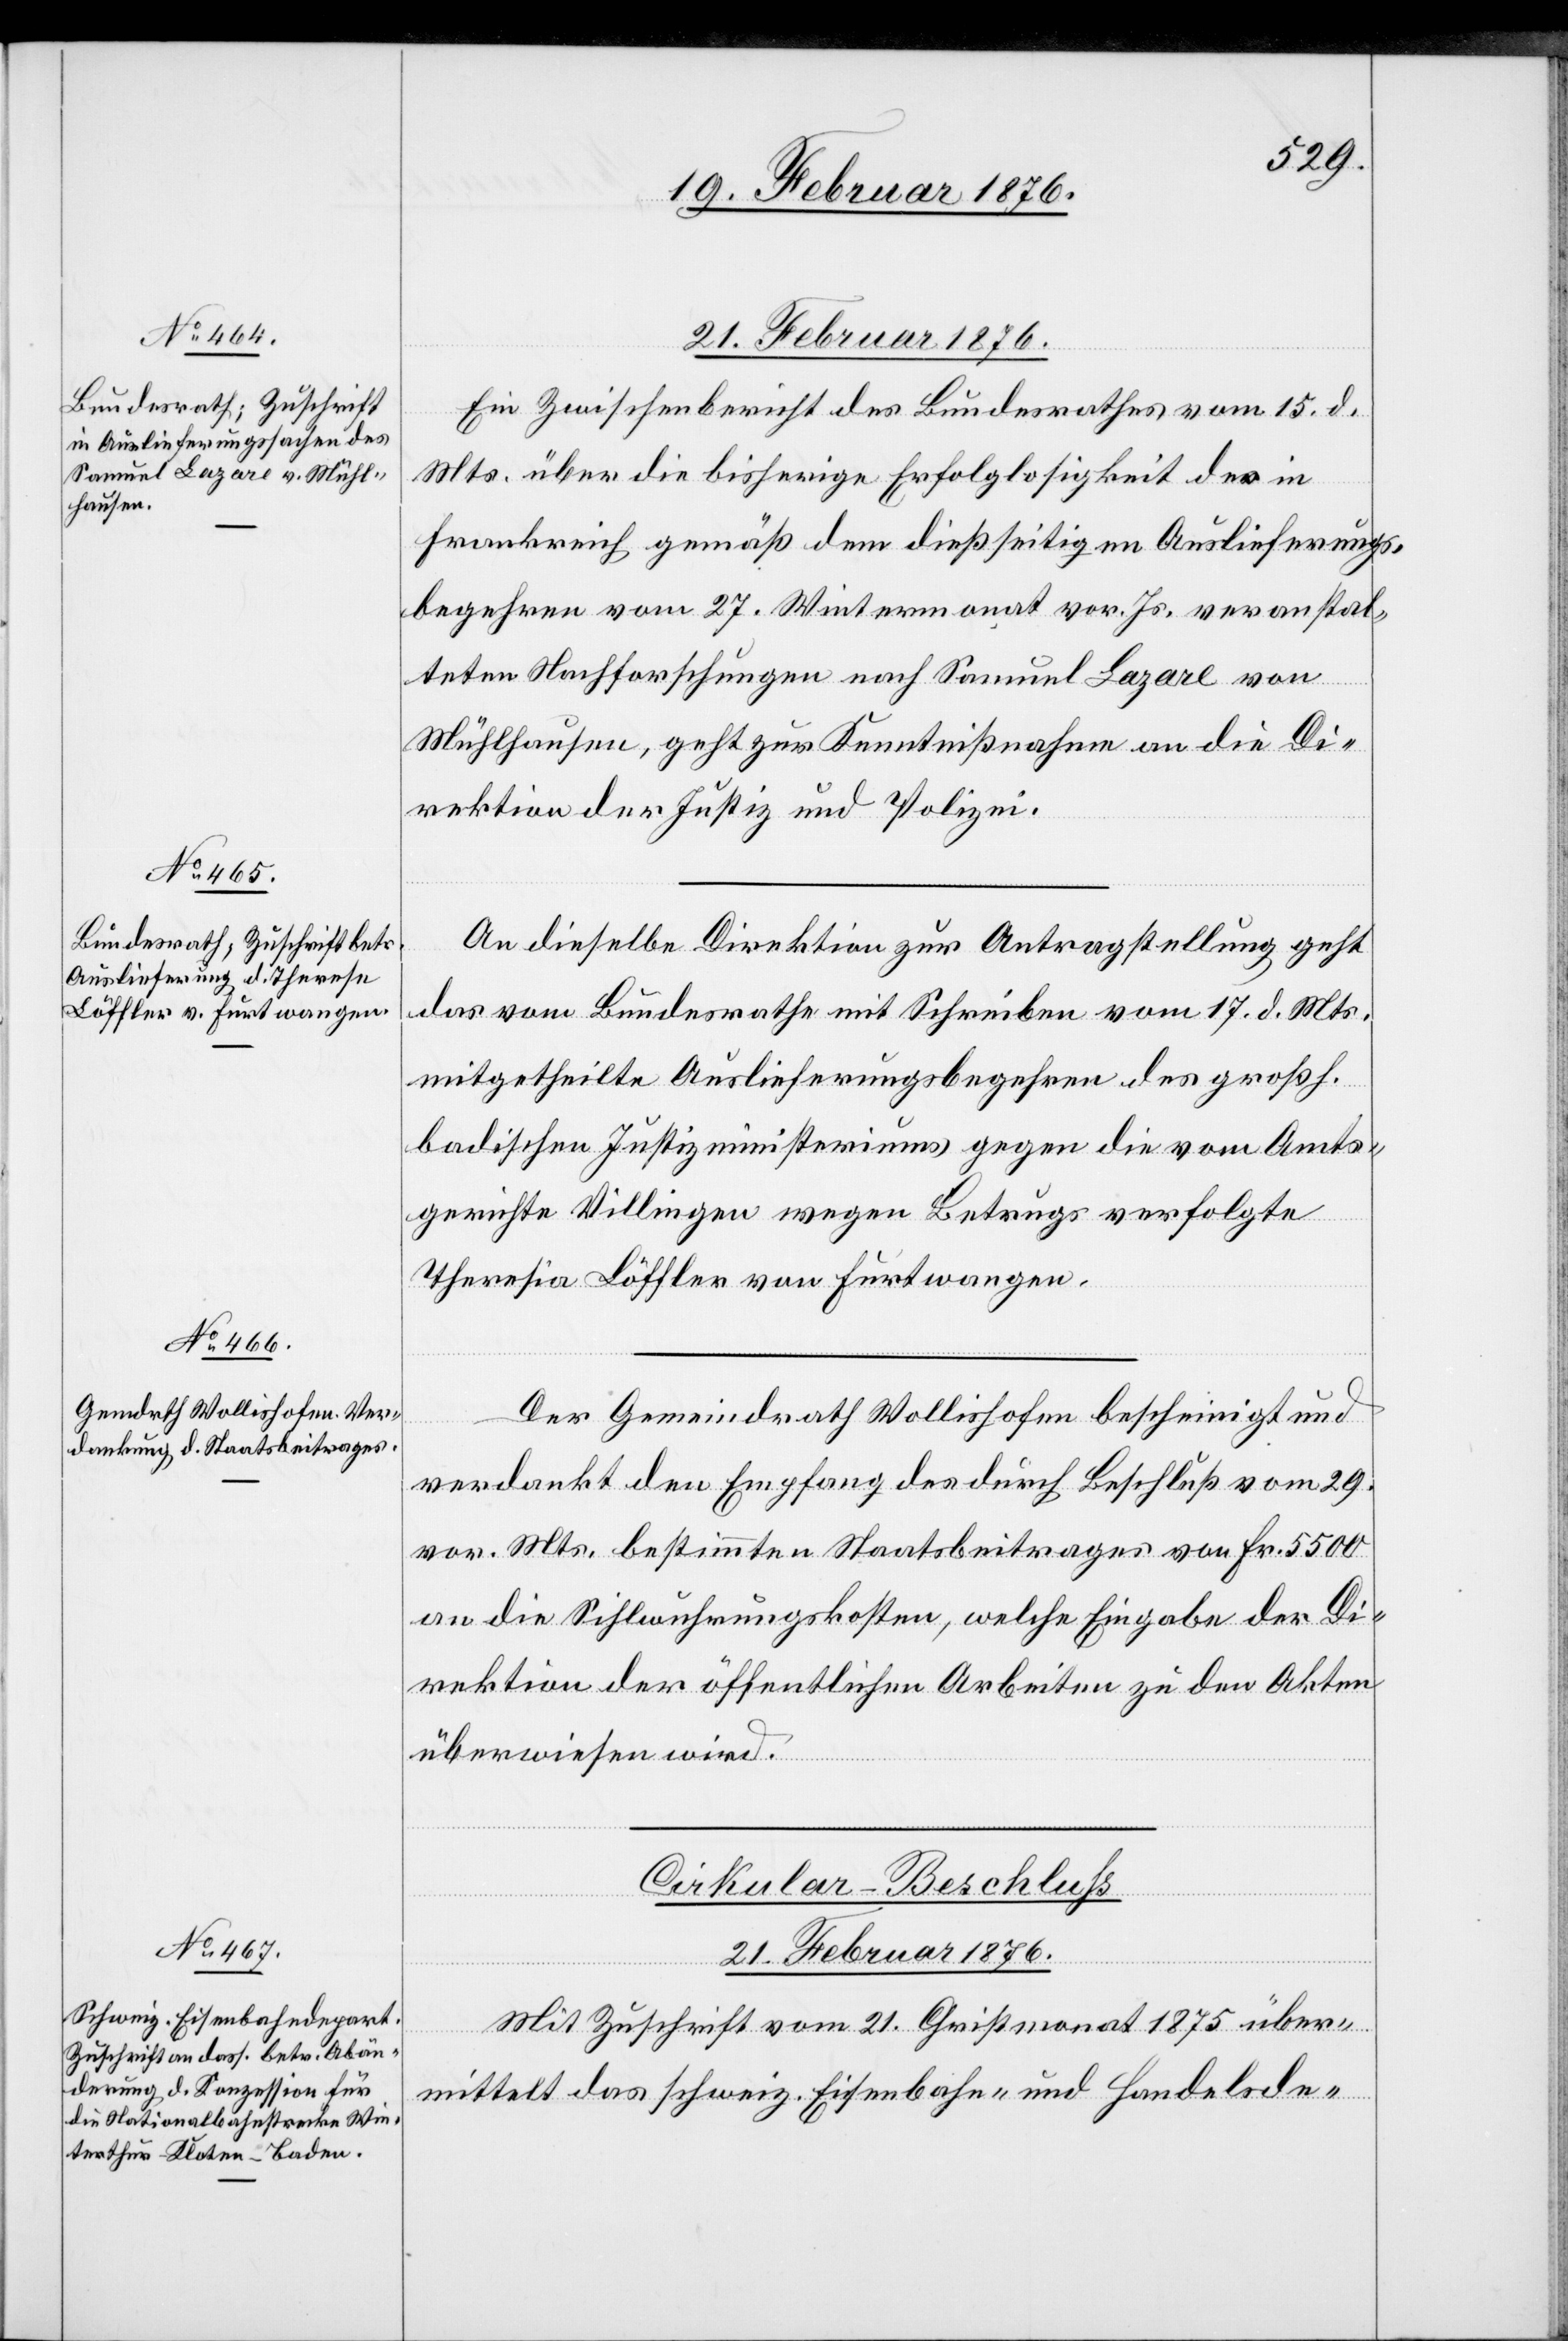
Löffler von Furtwangen.

21. Februar 1876.]
Ein Zwischenbericht des Bundesrathes vom 15. d.
Mts. über die bisherige Erfolglosigkeit der in
Frankreich gemäß dem dießseitigen Auslieferungs¬
begehren vom 27. Wintermonat vor. Js. veranstal¬
teten Nachforschungen nach Samuel Lazare von
Müllhausen, geht zur Kenntnisnahme an die Di¬
rektion der Justiz und Polizei.
An dieselbe Direktion zur Antragstellung geht
das vom Bundesrathe mit Schreiben vom 17. d. Mts
mitgetheilte Auslieferungsbegehren des großh.
badischen Justizministeriums gegen die vom Amts¬
gerichte Villingen wegen Betrugs verfolgte
Der Gemeindrath Wollishofen bescheinigt und
verdankt den Empfang des durch Beschluß vom 29.
vor. Mts. bestimmten Staatsbeitrages von Fr. 5500
an die Sihlwuhrungskosten, welche Eingabe der Di¬
rektion der öffentlichen Arbeiten zu den Akten
überwiesen wird.
Cirkular-Beschluss
21. Februar 1876.
Mit Zuschrift vom 21. Christmonat 1875 über¬
mittelt das schweiz. Eisenbahn- und Handelsde-